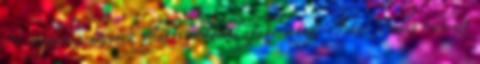
– irgalmas nővérek polgári védelmi gyakorlaton Fotó: Orelly Dezső